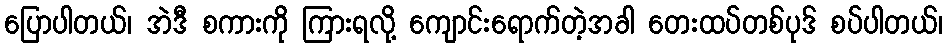
ပြောပါတယ်၊ အဲဒီ စကားကို ကြားရလို့ ကျောင်းရောက်တဲ့အခါ တေးထပ်တစ်ပုဒ် စပ်ပါတယ်၊